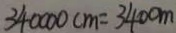
3 4 0 0 0 0 c m = 3 4 0 0 m